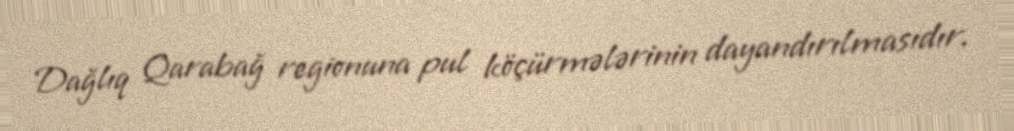
Dağlıq Qarabağ regionuna pul köçürmələrinin dayandırılmasıdır.